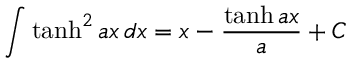
\int \operatorname { t a n h } ^ { 2 } a x \, d x = x - { \frac { \operatorname { t a n h } a x } { a } } + C